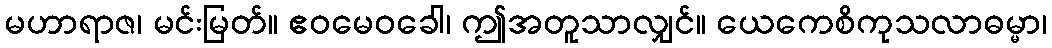
မဟာရာဇ၊ မင်းမြတ်။ ဧဝမေဝခေါ၊ ဤအတူသာလျှင်။ ယေကေစိကုသလာဓမ္မာ၊